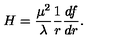
H = { \frac { \mu ^ { 2 } } { \lambda } } { \frac { 1 } { r } } { \frac { d f } { d r } } .